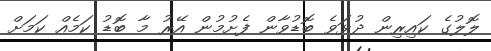
ލޮލުގެ ކައިރިން ދުޅަވެ ބޮޑުވާން ފެށުމުން އޭރު މާ ބޮޑު ކަމެއް ކަމަށް